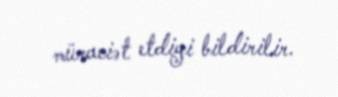
müraciət etdiyi bildirilir.